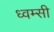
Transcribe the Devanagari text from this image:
ध्वम्सी